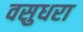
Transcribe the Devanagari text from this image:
वसुधरा